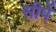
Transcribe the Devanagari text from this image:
सीपें